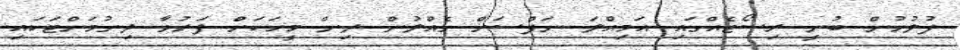
ފުލުހުން ބުނީ ރިސޯޓެއްގައި އަމިއްލަ ނަފްސަށް ގެއްލުން ދިން މީހަކަށް ފަރުވާ ދިނުމަށްޓަކައި